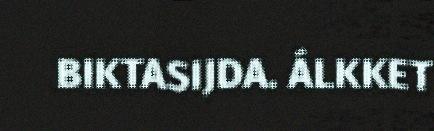
BIKTASIJDA. ÁLKKET